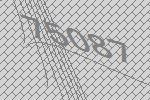
75087